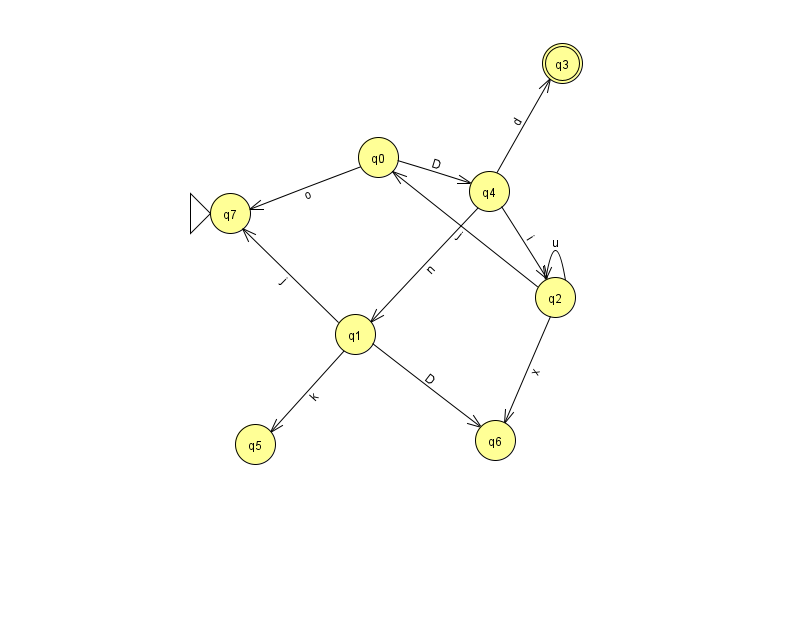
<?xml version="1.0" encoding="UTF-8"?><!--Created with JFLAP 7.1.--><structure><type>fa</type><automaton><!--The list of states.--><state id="0" name="q0"><x>378.0</x><y>144.0</y></state><state id="1" name="q1"><x>355.0</x><y>321.0</y></state><state id="2" name="q2"><x>555.0</x><y>284.0</y></state><state id="3" name="q3"><x>562.0</x><y>50.0</y><final/></state><state id="4" name="q4"><x>489.0</x><y>178.0</y></state><state id="5" name="q5"><x>255.0</x><y>431.0</y></state><state id="6" name="q6"><x>495.0</x><y>427.0</y></state><state id="7" name="q7"><x>230.0</x><y>200.0</y><initial/></state><!--The list of transitions.--><transition><from>0</from><to>7</to><read>o</read></transition><transition><from>4</from><to>2</to><read>i</read></transition><transition><from>1</from><to>5</to><read>k</read></transition><transition><from>2</from><to>2</to><read>u</read></transition><transition><from>4</from><to>3</to><read>d</read></transition><transition><from>0</from><to>4</to><read>D</read></transition><transition><from>1</from><to>6</to><read>D</read></transition><transition><from>1</from><to>7</to><read>j</read></transition><transition><from>2</from><to>0</to><read>j</read></transition><transition><from>2</from><to>6</to><read>x</read></transition><transition><from>4</from><to>1</to><read>n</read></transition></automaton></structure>